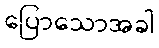
ပြောသောအခါ